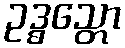
ဥဒ္ဓသ္တော